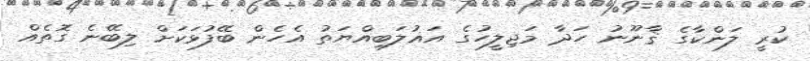
ކުރީ ލަންކާގެ ޤާނޫނު ހަދާ މަޖިލީހުގެ އަޣުލަބިއްޔަތު އެހެން ބޭފުޅަކަށް ލިބޭނެ ގޮތެއް